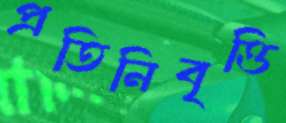
প্রতিনিবৃত্তি